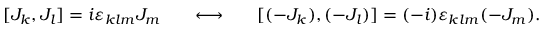
[ J _ { k } , J _ { l } ] = i \varepsilon _ { k l m } J _ { m } \ \ \ \ \ \longleftrightarrow \ \ \ \ \ [ ( - J _ { k } ) , ( - J _ { l } ) ] = ( - i ) \varepsilon _ { k l m } ( - J _ { m } ) .